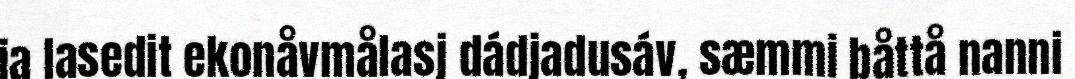
ja lasedit ekonåvmålasj dádjadusáv, sæmmi båttå nanni